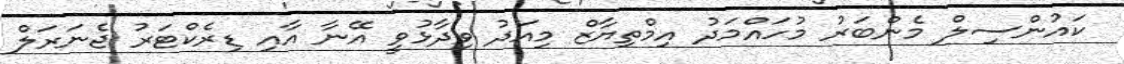
ކައުންސިލް މެންބަރު މުހައްމަދު އިމްތިޔާޒް މިއަދު ވިދާޅުވީ އޭނާ އާއި ޑިރެކްޓަރު ޖެނަރަލް